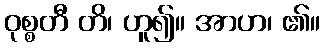
ဝုစ္စတီ တိ၊ ဟူ၍။ အာဟ၊ ၏။